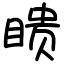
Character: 瞆